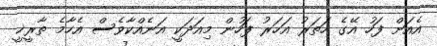
އެއަށް ފަހު އޭގެ ހަތަރު އަހަރު ފަހުން މިއަދަކީ އަނެއްކާވެސް އެހާމެ ތާރީޚީ